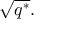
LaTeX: { \sqrt { q ^ { * } } } .